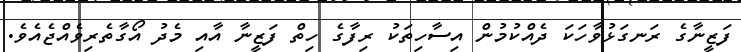
ފަޒީނާގެ ރަނގަޅުވާހަކަ ދެއްކުމުން އިސާހިތަކު ރިފާގެ ހިތް ފަޒީނާ އާއި މެދު އޯގާތެރިވެއްޖެއެވެ.